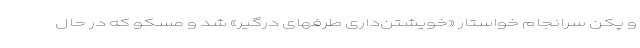
و پکن سرانجام خواستار «خویشتن‌داری طرفهای درگیر» شد و مسکو که در حال